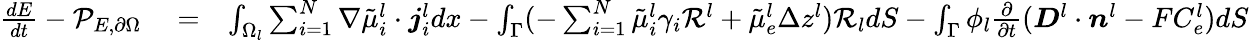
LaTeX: \begin{array}{rlr}{\frac{dE}{dt}-\mathcal{P}_{E,\partial\Omega}}&{{}=}&{\int_{\Omega_{l}}\sum_{i=1}^{N}\nabla\tilde{\mu}_{i}^{l}\cdot\boldsymbol{j}_{i}^{l}dx-\int_{\Gamma}(-\sum_{i=1}^{N}\tilde{\mu}_{i}^{l}\gamma_{i}\mathcal{R}^{l}+\tilde{\mu}_{e}^{l}\Delta z^{l})\mathcal{R}_{l}dS-\int_{\Gamma}\phi_{l}\frac{\partial}{\partial t}(\boldsymbol{D}^{l}\cdot\boldsymbol{n}^{l}-FC_{e}^{l})dS}\end{array}